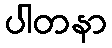
ပါတနာ